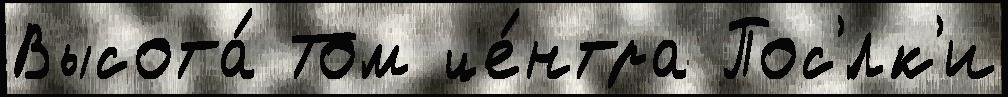
Высота́ Том це́нтра Пос'́лк'и